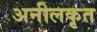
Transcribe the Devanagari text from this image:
अनीलकृत